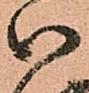
御